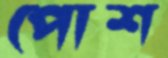
পোশ